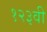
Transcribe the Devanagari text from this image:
१२३वी